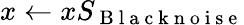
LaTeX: x\leftarrow xS_{\mathrm{~B~l~a~c~k~n~o~i~s~e~}}